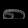
Digit: ၈